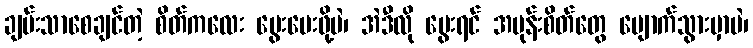
ချမ်းသာစေချင်တဲ့ စိတ်ကလေး မွေးပေးဖို့ပဲ၊ အဲဒီလို မွေးရင် အမုန်းစိတ်တွေ ပျောက်သွားမှာပဲ၊